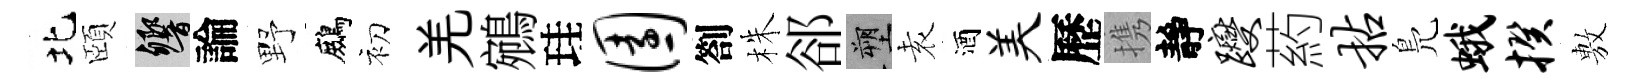
北頤響論野鷓初羌鵷珪园劄株郤塑𡊮酒美歷携靜躞葯拈鳬蛾揆𢾾